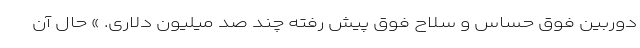
دوربین فوق حساس و سلاح فوق پیش رفته چند صد میلیون دلاری. » حال آن